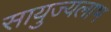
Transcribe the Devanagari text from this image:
सायुज्यलाभ